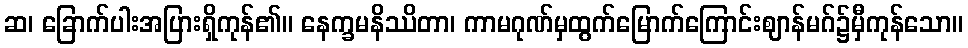
ဆ၊ ခြောက်ပါးအပြားရှိကုန်၏။ နေက္ခမနိဿိတာ၊ ကာမဂုဏ်မှထွက်မြောက်ကြောင်းဈာန်မဂ်၌မှီကုန်သော။